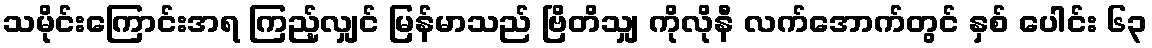
သမိုင်းကြောင်းအရ ကြည့်လျှင် မြန်မာသည် ဗြိတိသျှ ကိုလိုနီ လက်အောက်တွင် နှစ် ပေါင်း ၆၃